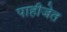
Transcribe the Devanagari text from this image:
पाहीजेत